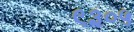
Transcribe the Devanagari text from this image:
९३०५